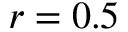
r = 0 . 5